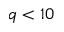
q < 1 0